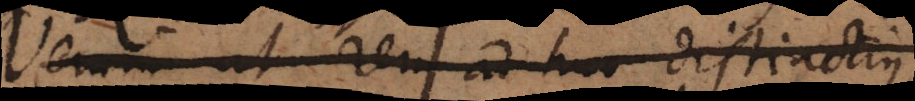
Verum ut rem adhuc distinctiu